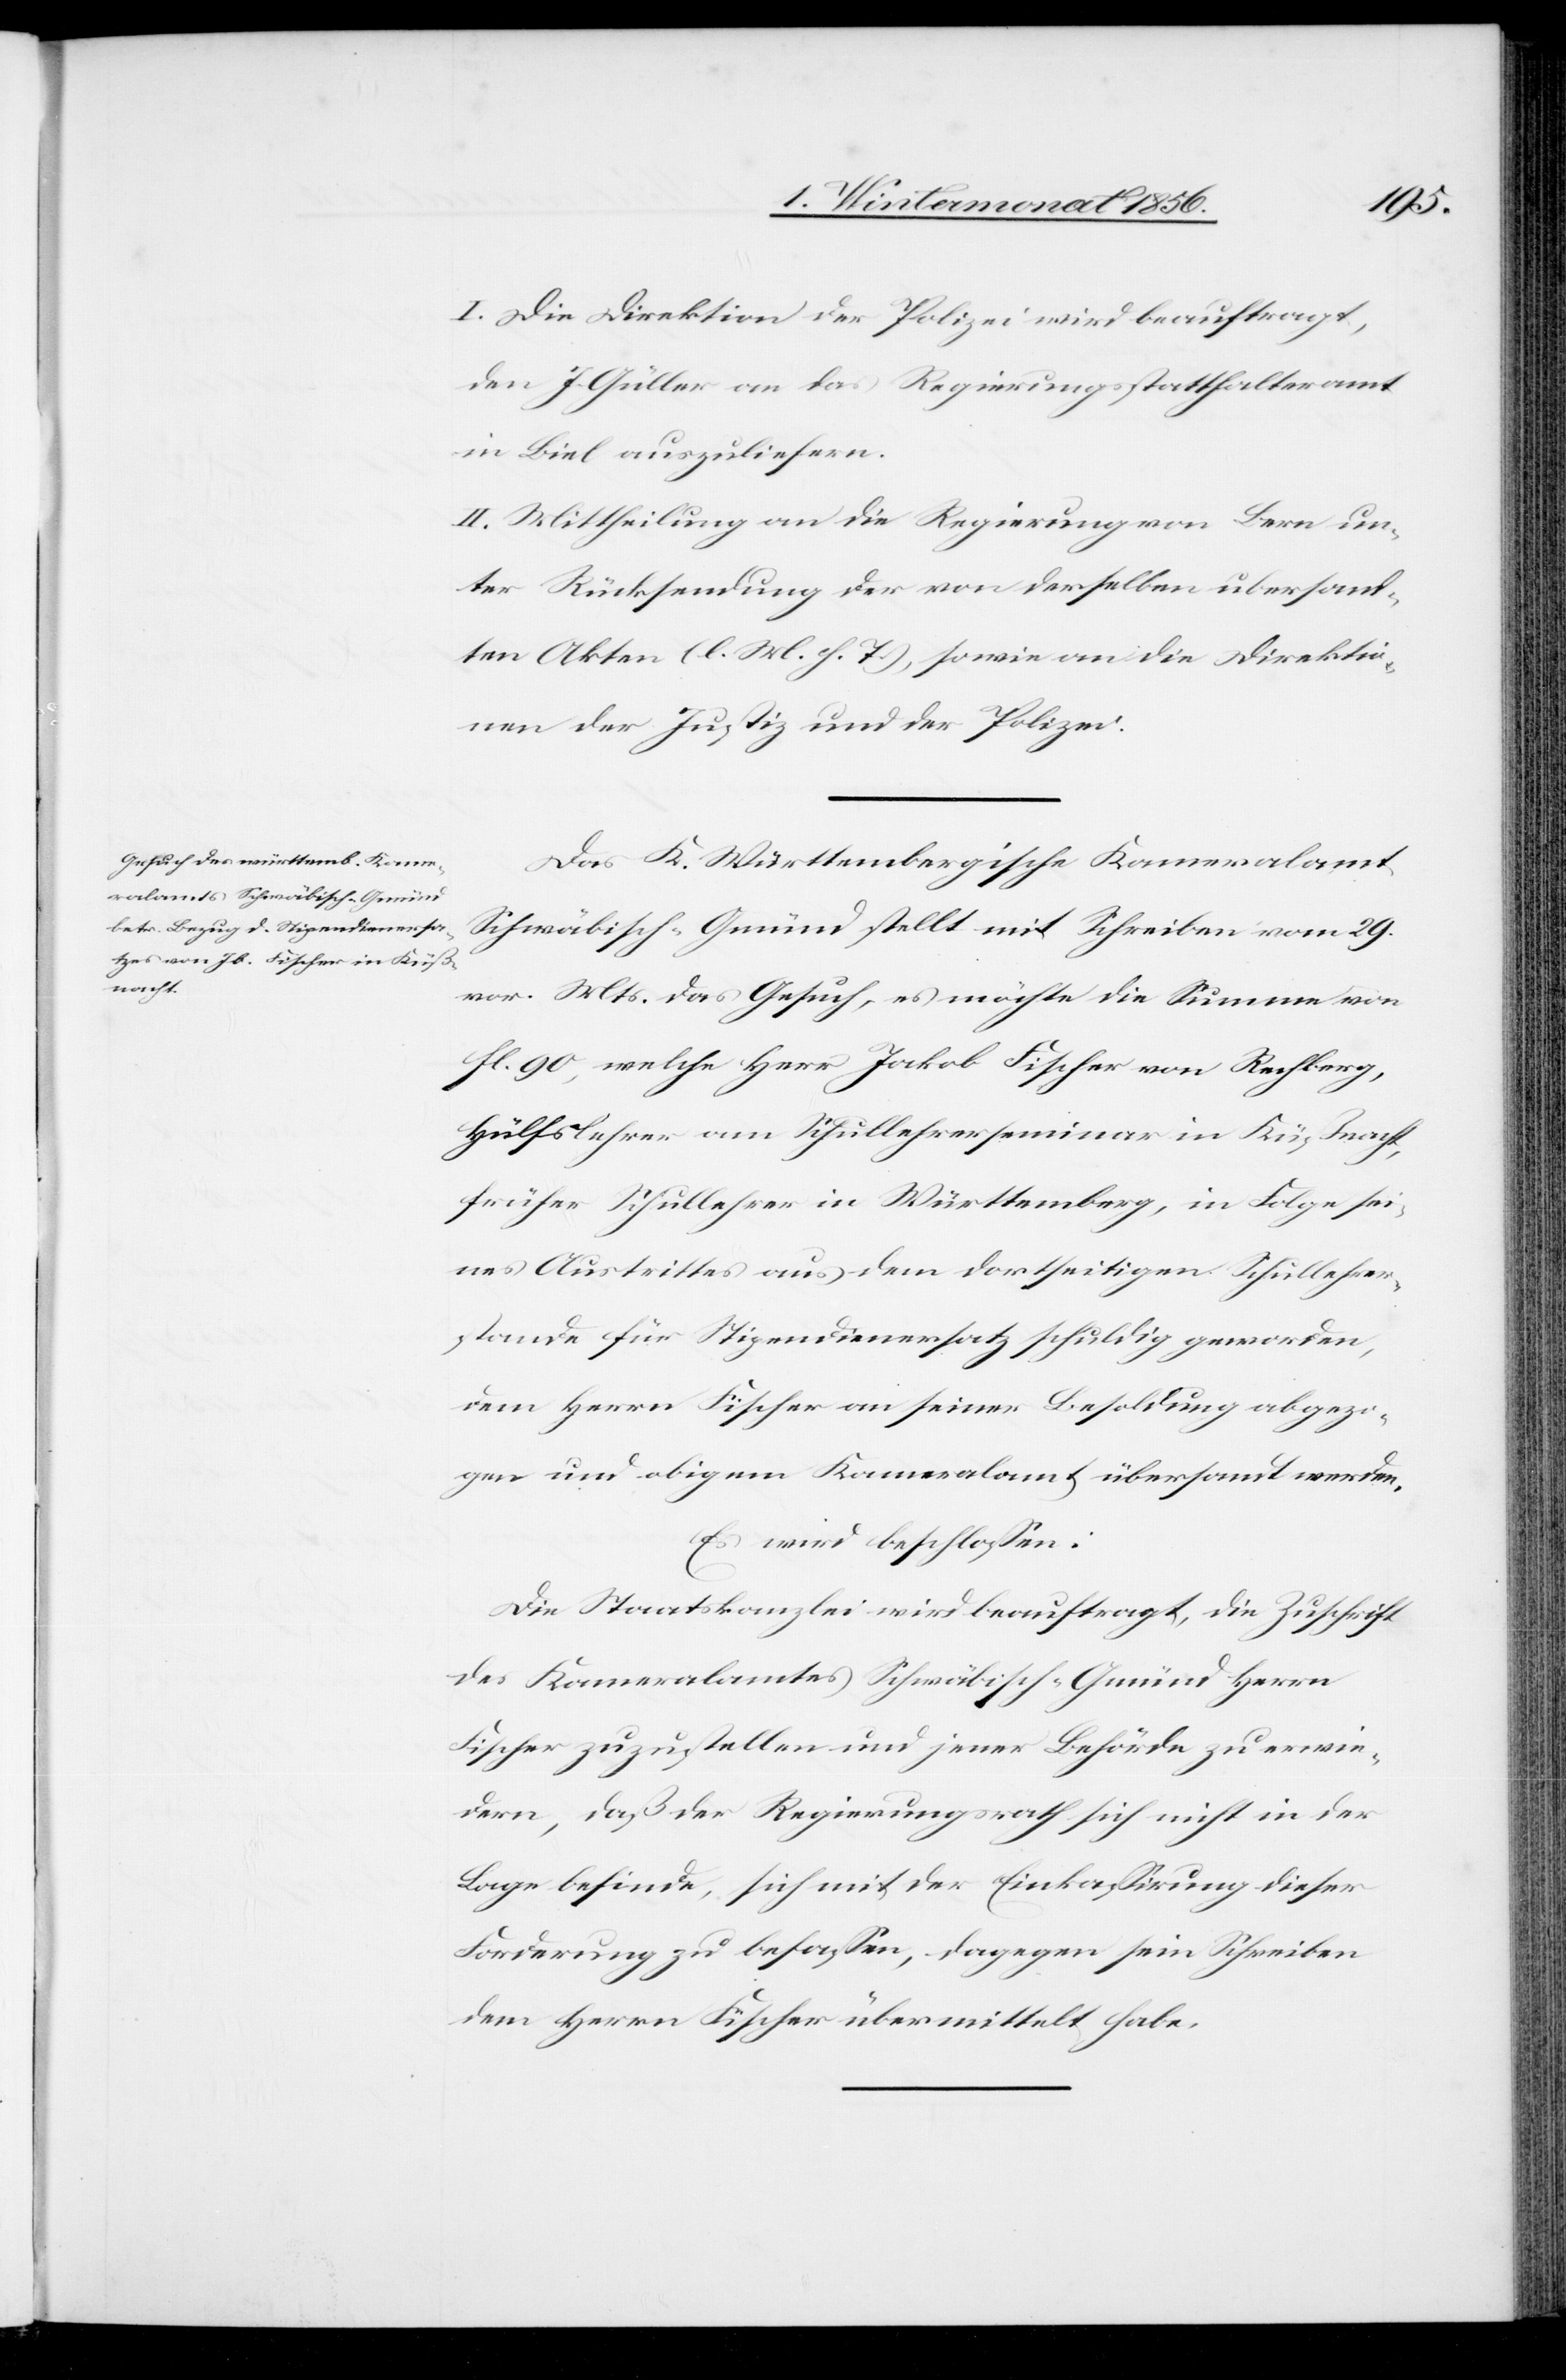
I. Die Direktion der Polizei wird beauftragt,
den J. Güller an das Regierungsstatthalteramt
in Biel auszuliefern.
II. Mittheilung an die Regierung von Bern un¬
ter Rücksendung der von derselben übersand¬
ten Akten (l. M. h. T.), sowie an die Direktio¬
nen der Justiz und der Polizei.
Das K. Württembergische Kameralamt
Schwäbisch-Gmünd stellt mit Schreiben vom 29.
vor. Mts. das Gesuch, es möchte die Summe von
fl. 90, welche Herr Jakob Fischer von Rechberg,
Hülfslehrer am Schullehrerseminar in Küßnacht,
früher Schullehrer in Württemberg, in Folge sei¬
nes Austrittes aus dem dortseitigen Schullehrer¬
stande für Stipendienersatz schuldig geworden,
dem Herrn Fischer an seiner Besoldung abgezo¬
gen und obigem Kameralamt übersandt werden.
Es wird beschlossen:
Die Staatskanzlei wird beauftragt, die Zuschrift
des Kameralamtes Schwäbisch-Gmünd Herrn
Fischer zuzustellen und jener Behörde zu erwie¬
dern, daß der Regierungsrath sich nicht in der
Lage befinde, sich mit der Einkassirung dieser
Forderung zu befassen, dagegen sein Schreiben
dem Herrn Fischer übermittelt habe.